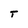
Character: T